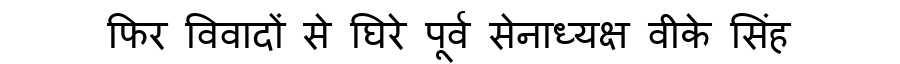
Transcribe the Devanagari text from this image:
फिर विवादों से घिरे पूर्व सेनाध्यक्ष वीके सिंह